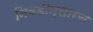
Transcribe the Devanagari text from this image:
निवडीनुसारच